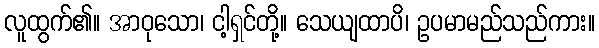
လူထွက်၏။ အာဝုသော၊ ငါ့ရှင်တို့။ သေယျထာပိ၊ ဥပမာမည်သည်ကား။